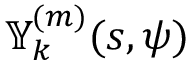
\mathbb { Y } _ { k } ^ { ( m ) } ( s , \psi )